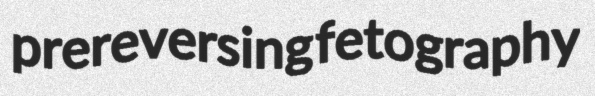
prereversing fetography